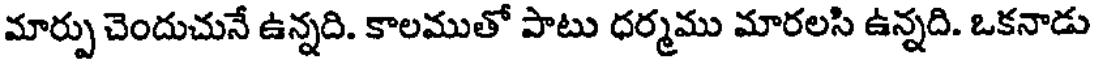
మార్పు చెందుచునే ఉన్నది. కాలముతో పాటు ధర్మము మారలసి ఉన్నది. ఒకనాడు